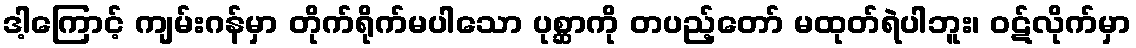
ဒါ့ကြောင့် ကျမ်းဂန်မှာ တိုက်ရိုက်မပါသော ပုစ္ဆာကို တပည့်တော် မထုတ်ရဲပါဘူး၊ ဝဋ်လိုက်မှာ